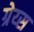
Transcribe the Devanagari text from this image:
ग्रेय्स